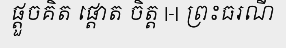
ផ្តួចគិត ផ្តោត ចិត្ត |-| ព្រះធរណី